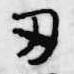
刃